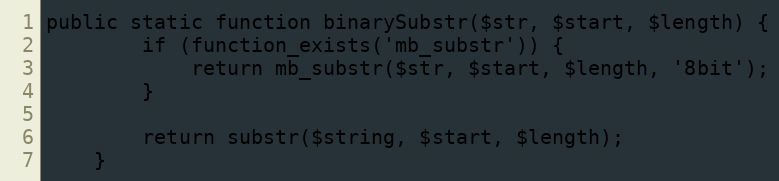
Language: PHP
public static function binarySubstr($str, $start, $length) {
		if (function_exists('mb_substr')) {
			return mb_substr($str, $start, $length, '8bit');
		}

		return substr($string, $start, $length);
	}